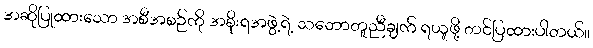
အဆိုပြုထားသော အစီအစဉ်ကို အစိုးရအဖွဲ့ရဲ့ သဘောတူညီချက် ရယူဖို့ တင်ပြထားပါတယ်။